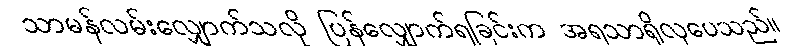
သာမန်လမ်းလျှောက်သလို ပြန်လျှောက်ရခြင်းက အရသာရှိလှပေသည်။